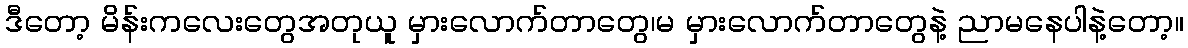
ဒီတော့ မိန်းကလေးတွေအတုယူ မှားလောက်တာတွေ၊မ မှားလောက်တာတွေနဲ့ ညာမနေပါနဲ့တော့။